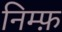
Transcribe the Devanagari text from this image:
निम्फ़